Code of medical and sanitary regulations for the guidance of medical officers serving in the Madras Presidency - Volume I
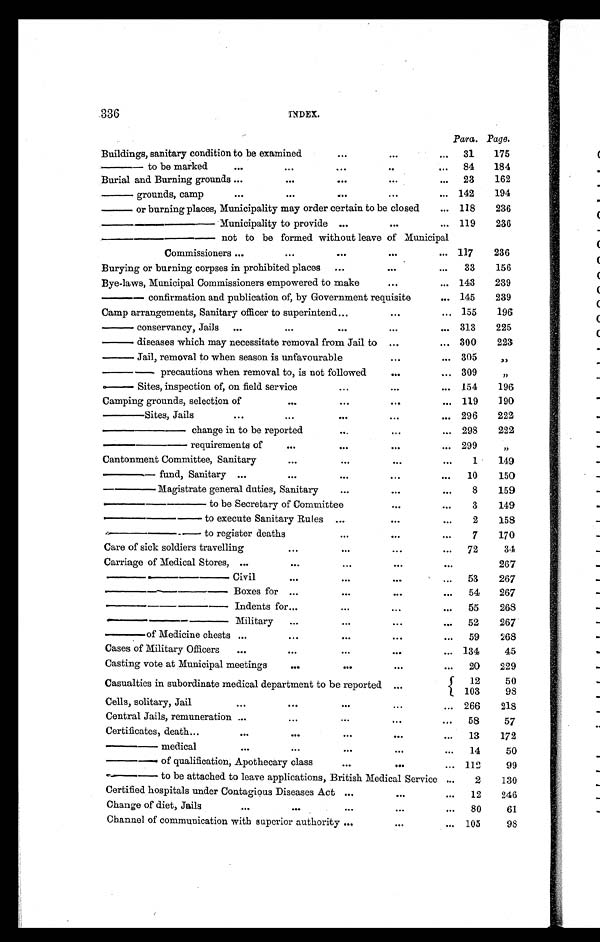
336
INDEX.
P a r a .
Page.
Buildings, sanitary condition to be examined
...
. . .
...
31
175
— to be marked
. . .
...
...
. . ...
84
184
Burial and Burning grounds ...
...
...
. . .
...
23
162
— grounds, camp
. . .
...
...
...
...
142
194
— o r b u r n i n g p l a c e s , M u n i c i p a l i t y m a y o r d e r c e r t a i n t o b e c l o s e d
... 118
236
—— Municipality to provide ...
. . .
... 119
236
—— not to be formed without leave of Municipal
Commissioners ...
...
...
. . .
. . .
117
236
Burying or burning corpses in prohibited places
...
...
...
33
156
Bye-laws, Municipal Commissioners empowered to make
. . .
... 143
239
— confirmation and publication of, by Government requisite
... 145
239
Camp arrangements, Sanitary officer to superintend
. . . . . .
... 155
196
— conservancy, Jails
...
...
...
. . .
... 313
225
— diseases which may necessitate removal from Jail to ...
... 300
223
— Jail, removal to when season is unfavourable
. . .
... 305
„
—— precautions when removal to, is not followed
. . .
... 309
„
— Sites, inspection of, on field service
...
. . .
... 154
196
Camping grounds, selection of
...
. . .
. . .
. . .
119
190
— Sites, Jails
. . .
...
. . .
. . .
... 296
222
— — c h a n g e i n t o b e r e p o r t e d
...
. . .
. . .
2 9 8
222
—— requirements of
...
. . .
. . .
. . . 299
„
Cantonment Committee, Sanitary
. . .
. . .
. . .
. . .
1
149
— fund, Sanitary ...
. . .
. . .
. . .
...
10
150
— Magistrate general duties, Sanitary
. . .
. . .
. . .
8
159
—— to be Secretary of Committee
. . .
. . .
3
149
—— to execute Sanitary Rules ...
. . .
. . .
2
158
—— to register deaths
...
. . .
. . .
7
170
Care of sick soldiers travelling
. . .
. . .
. . .
...
72
34
Carriage of Medical Stores, ...
...
. . .
. . .
...
267
——— Civil
. . .
. . .
. . .
. . .
53
267
——— Boxes for ...
. . .
. . .
...
54
267
——— Indents for ...
...
...
...
55
268
——— Military
...
. . .
. . .
...
52
267
— of Medicine chests ...
. . .
. . .
. . .
...
59
268
Cases of Military Officers
...
. . .
. . .
. . .
... 134
45
Casting vote at Municipal meetings
. . .
. . .
. . .
...
20
229
Casualties in subordinate medical department to be reported ...
12
50
103
98
Cells, solitary, Jail
. . .
. . .
. . .
...
... 266
218
Central Jails, remuneration ...
. . .
. . .
. . .
...
58
57
Certificates, death ...
. . .
...
. . .
. . .
...
13
172
—— medical
...
. . .
. . .
. . .
...
14
50
—— of qualification, Apothecary class
. . .
. . .
... 112
99
—— to be attached to leave applications, British Medical Service ...
2
130
Certified hospitals under Contagious Diseases Act . . .
. . .
...
12
246
Change of diet, Jails
. . .
. . .
. . .
. . .
...
80
61
Channel of communication with superior authority ...
. . .
...
105
98